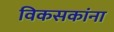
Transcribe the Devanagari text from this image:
विकसकांना